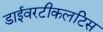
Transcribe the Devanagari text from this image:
डाईवरटीकलटिस